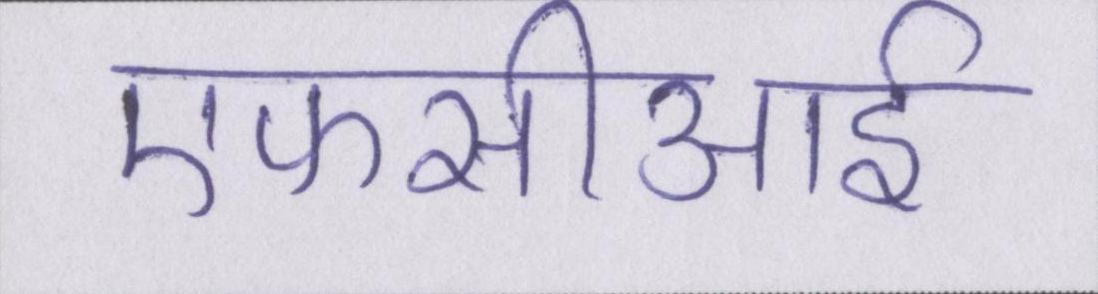
एफसीआई